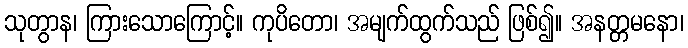
သုတွာန၊ ကြားသောကြောင့်။ ကုပိတော၊ အမျက်ထွက်သည် ဖြစ်၍။ အနတ္တမနော၊